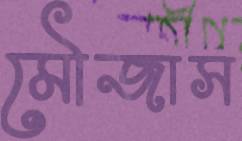
মৌজাস